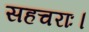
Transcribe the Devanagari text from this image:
सहचराः।